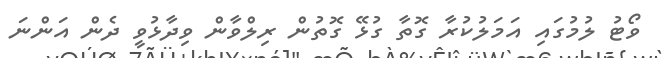
ވޯޓު ލުމުގައި އަމަލުކުރާ ގޮތާ ގުޅޭ ގޮތުން ރިލްވާން ވިދާޅުވީ ދެން އަންނަ